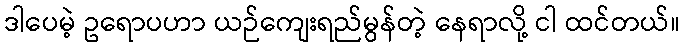
ဒါပေမဲ့ ဥရောပဟာ ယဉ်ကျေးရည်မွန်တဲ့ နေရာလို့ ငါ ထင်တယ်။